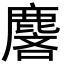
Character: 麐